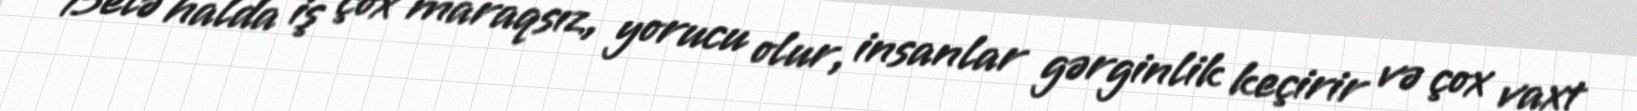
Belə halda iş çox maraqsız, yorucu olur, insanlar gərginlik keçirir və çox vaxt